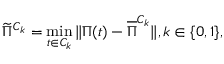
\widetilde { \Pi } ^ { C _ { k } } = \operatorname* { m i n } _ { t \in { C _ { k } } } { \Vert \Pi ( t ) - \overline { { \Pi } } ^ { C _ { k } } \Vert } , k \in \{ 0 , 1 \} ,